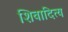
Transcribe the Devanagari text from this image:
शिवादित्य